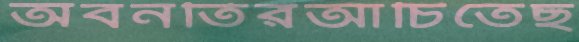
অবনতিরআঁচিতেছ